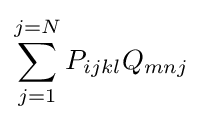
\sum _{j=1}^{j=N}{P_{ijkl}Q_{mnj}}